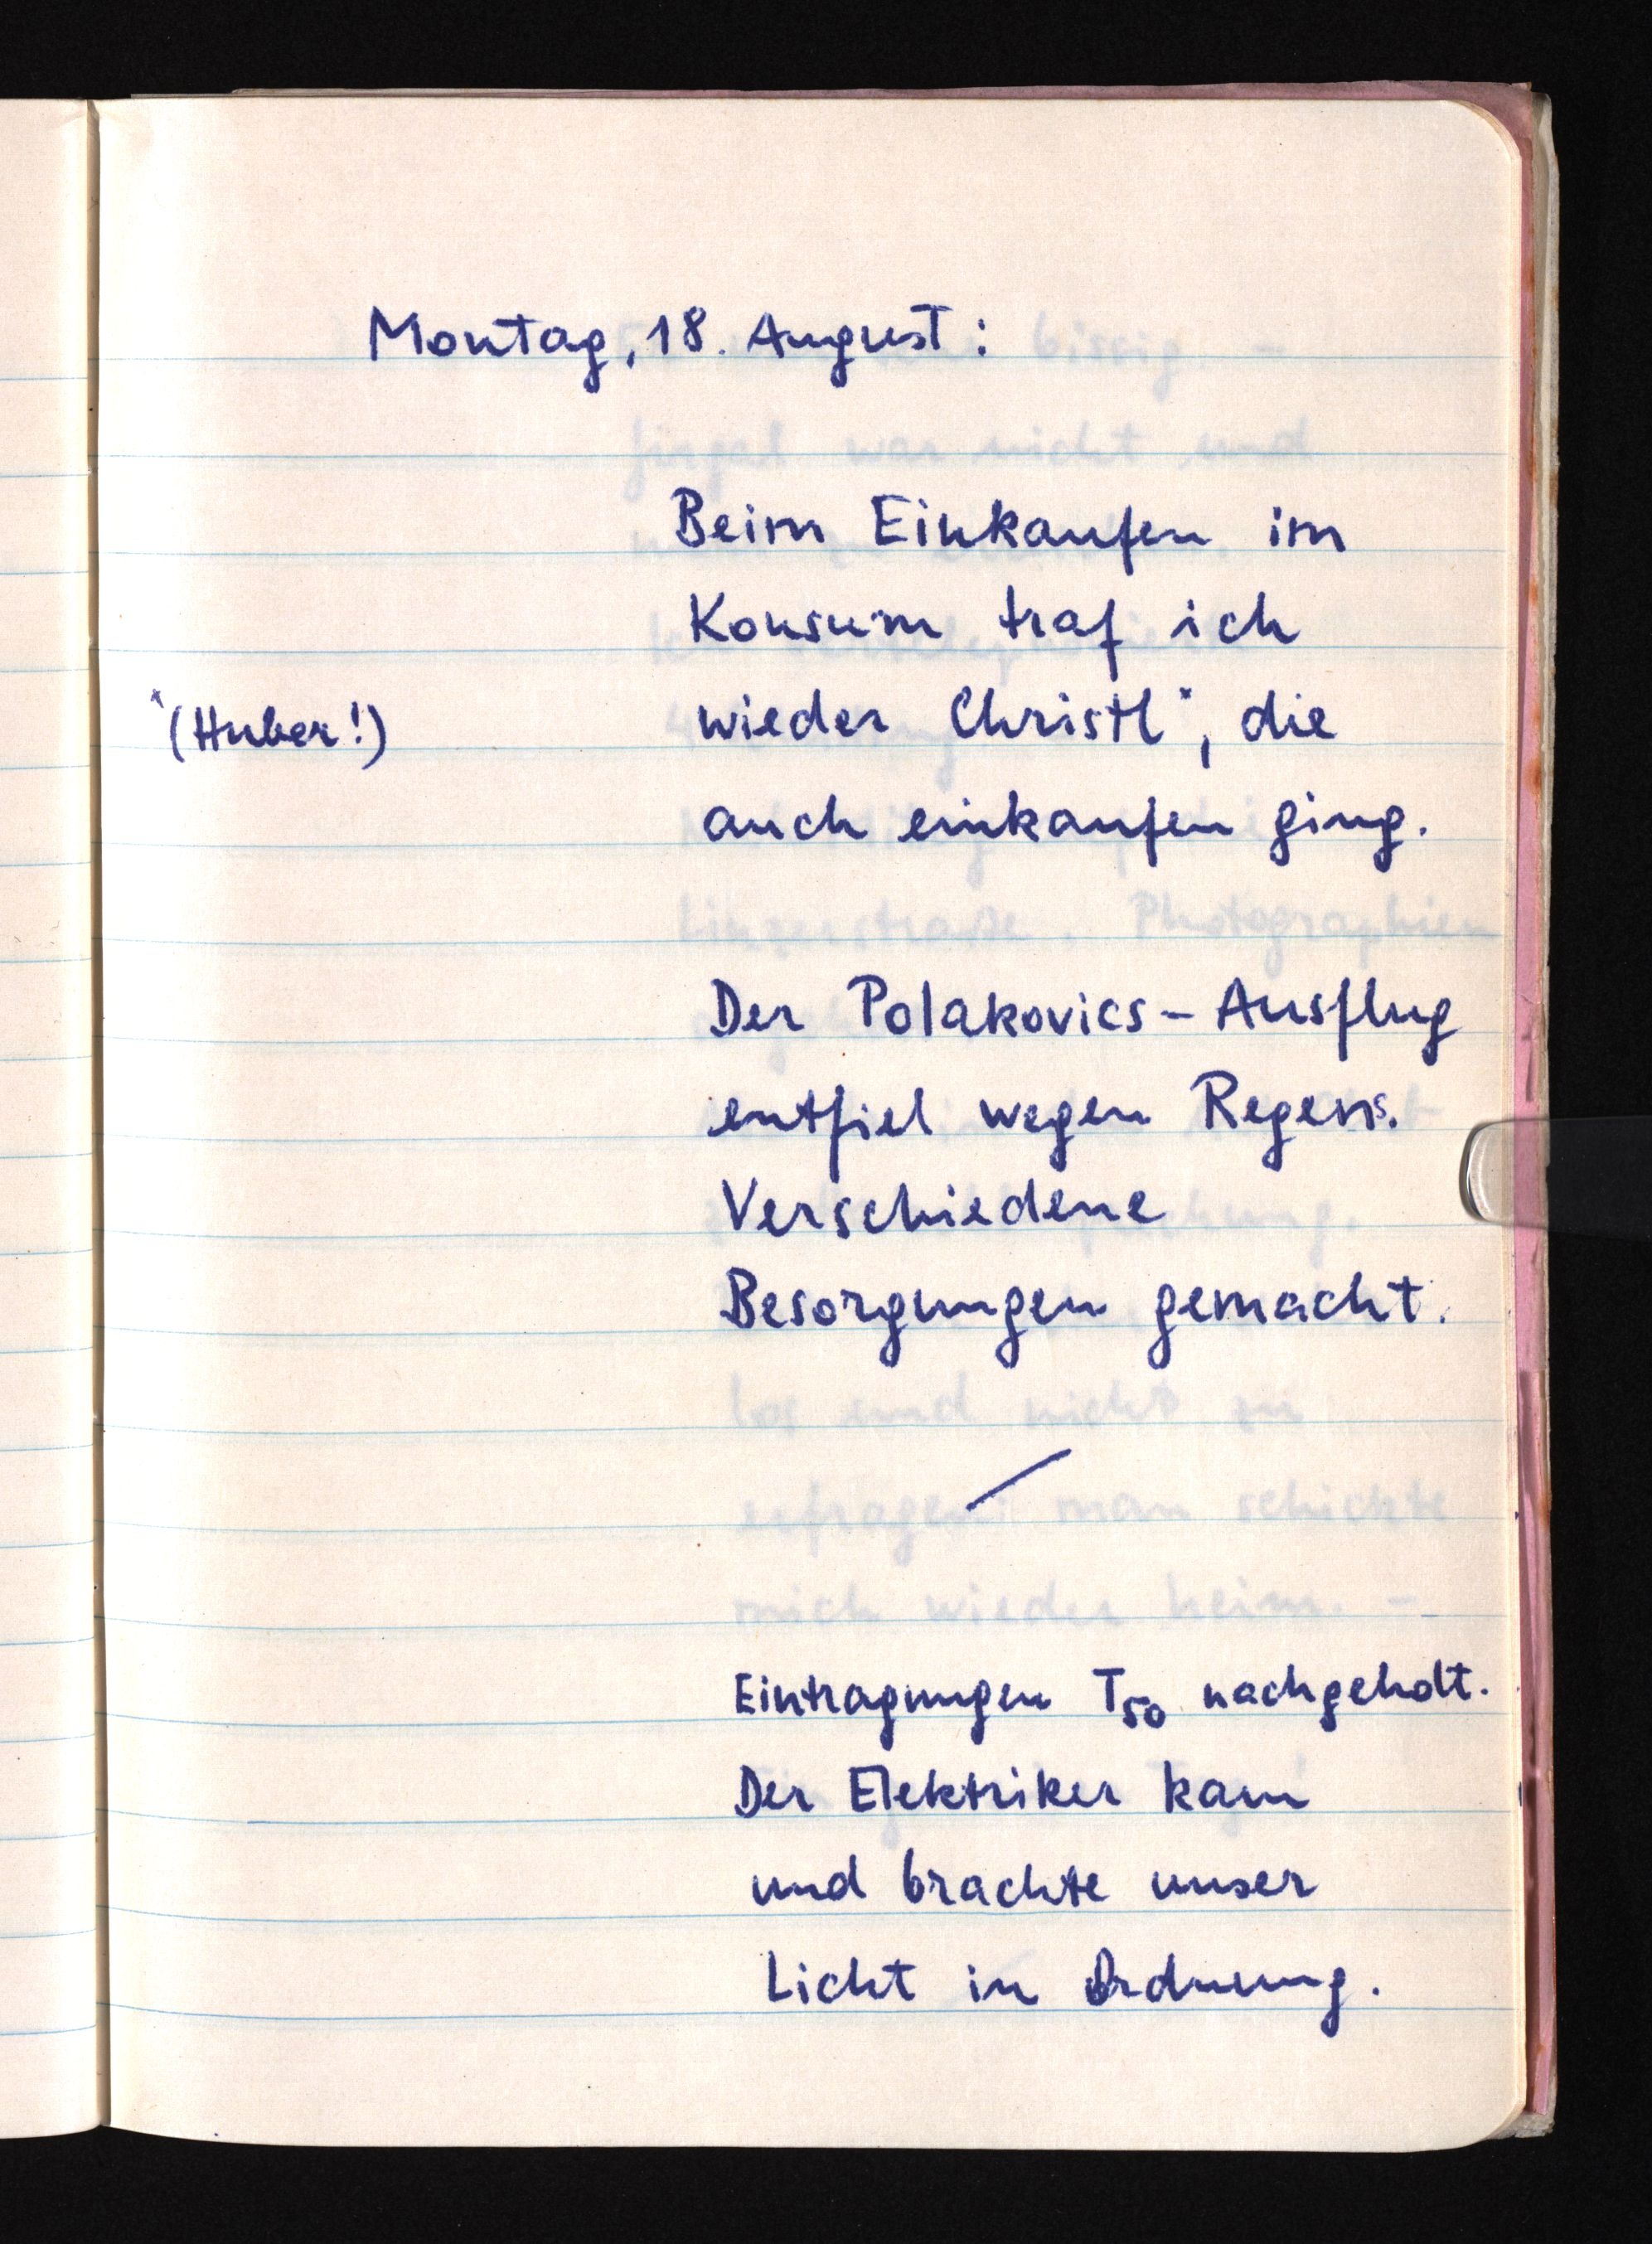
Montag, 18. August:
Beim Einkaufen im
Konsum traf ich
x(Huber!)
wieder Christlx, die
auch einkaufen ging.
Der Polakovics-Ausflug
entfiel wegen Regens.
Verschiedene
Besorgungen gemacht.
Eintragungen T50 nachgeholt.
Der Elektriker kam
und brachte unser
Licht in Ordnung.